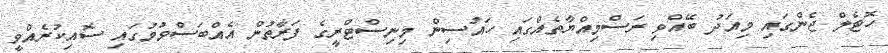
ހޮޓެލް ޖެންގައި މިއަދު ބޭއްވި ރަސްމިއްޔާތެއްގައި ހައުސިން މިނިސްޓްރީގެ ފަރާތުން އެއްބަސްވުމުގައި ސޮއިކުރެއްވީ